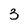
Character: 3